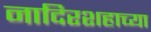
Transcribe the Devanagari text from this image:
नादिरशहाच्या